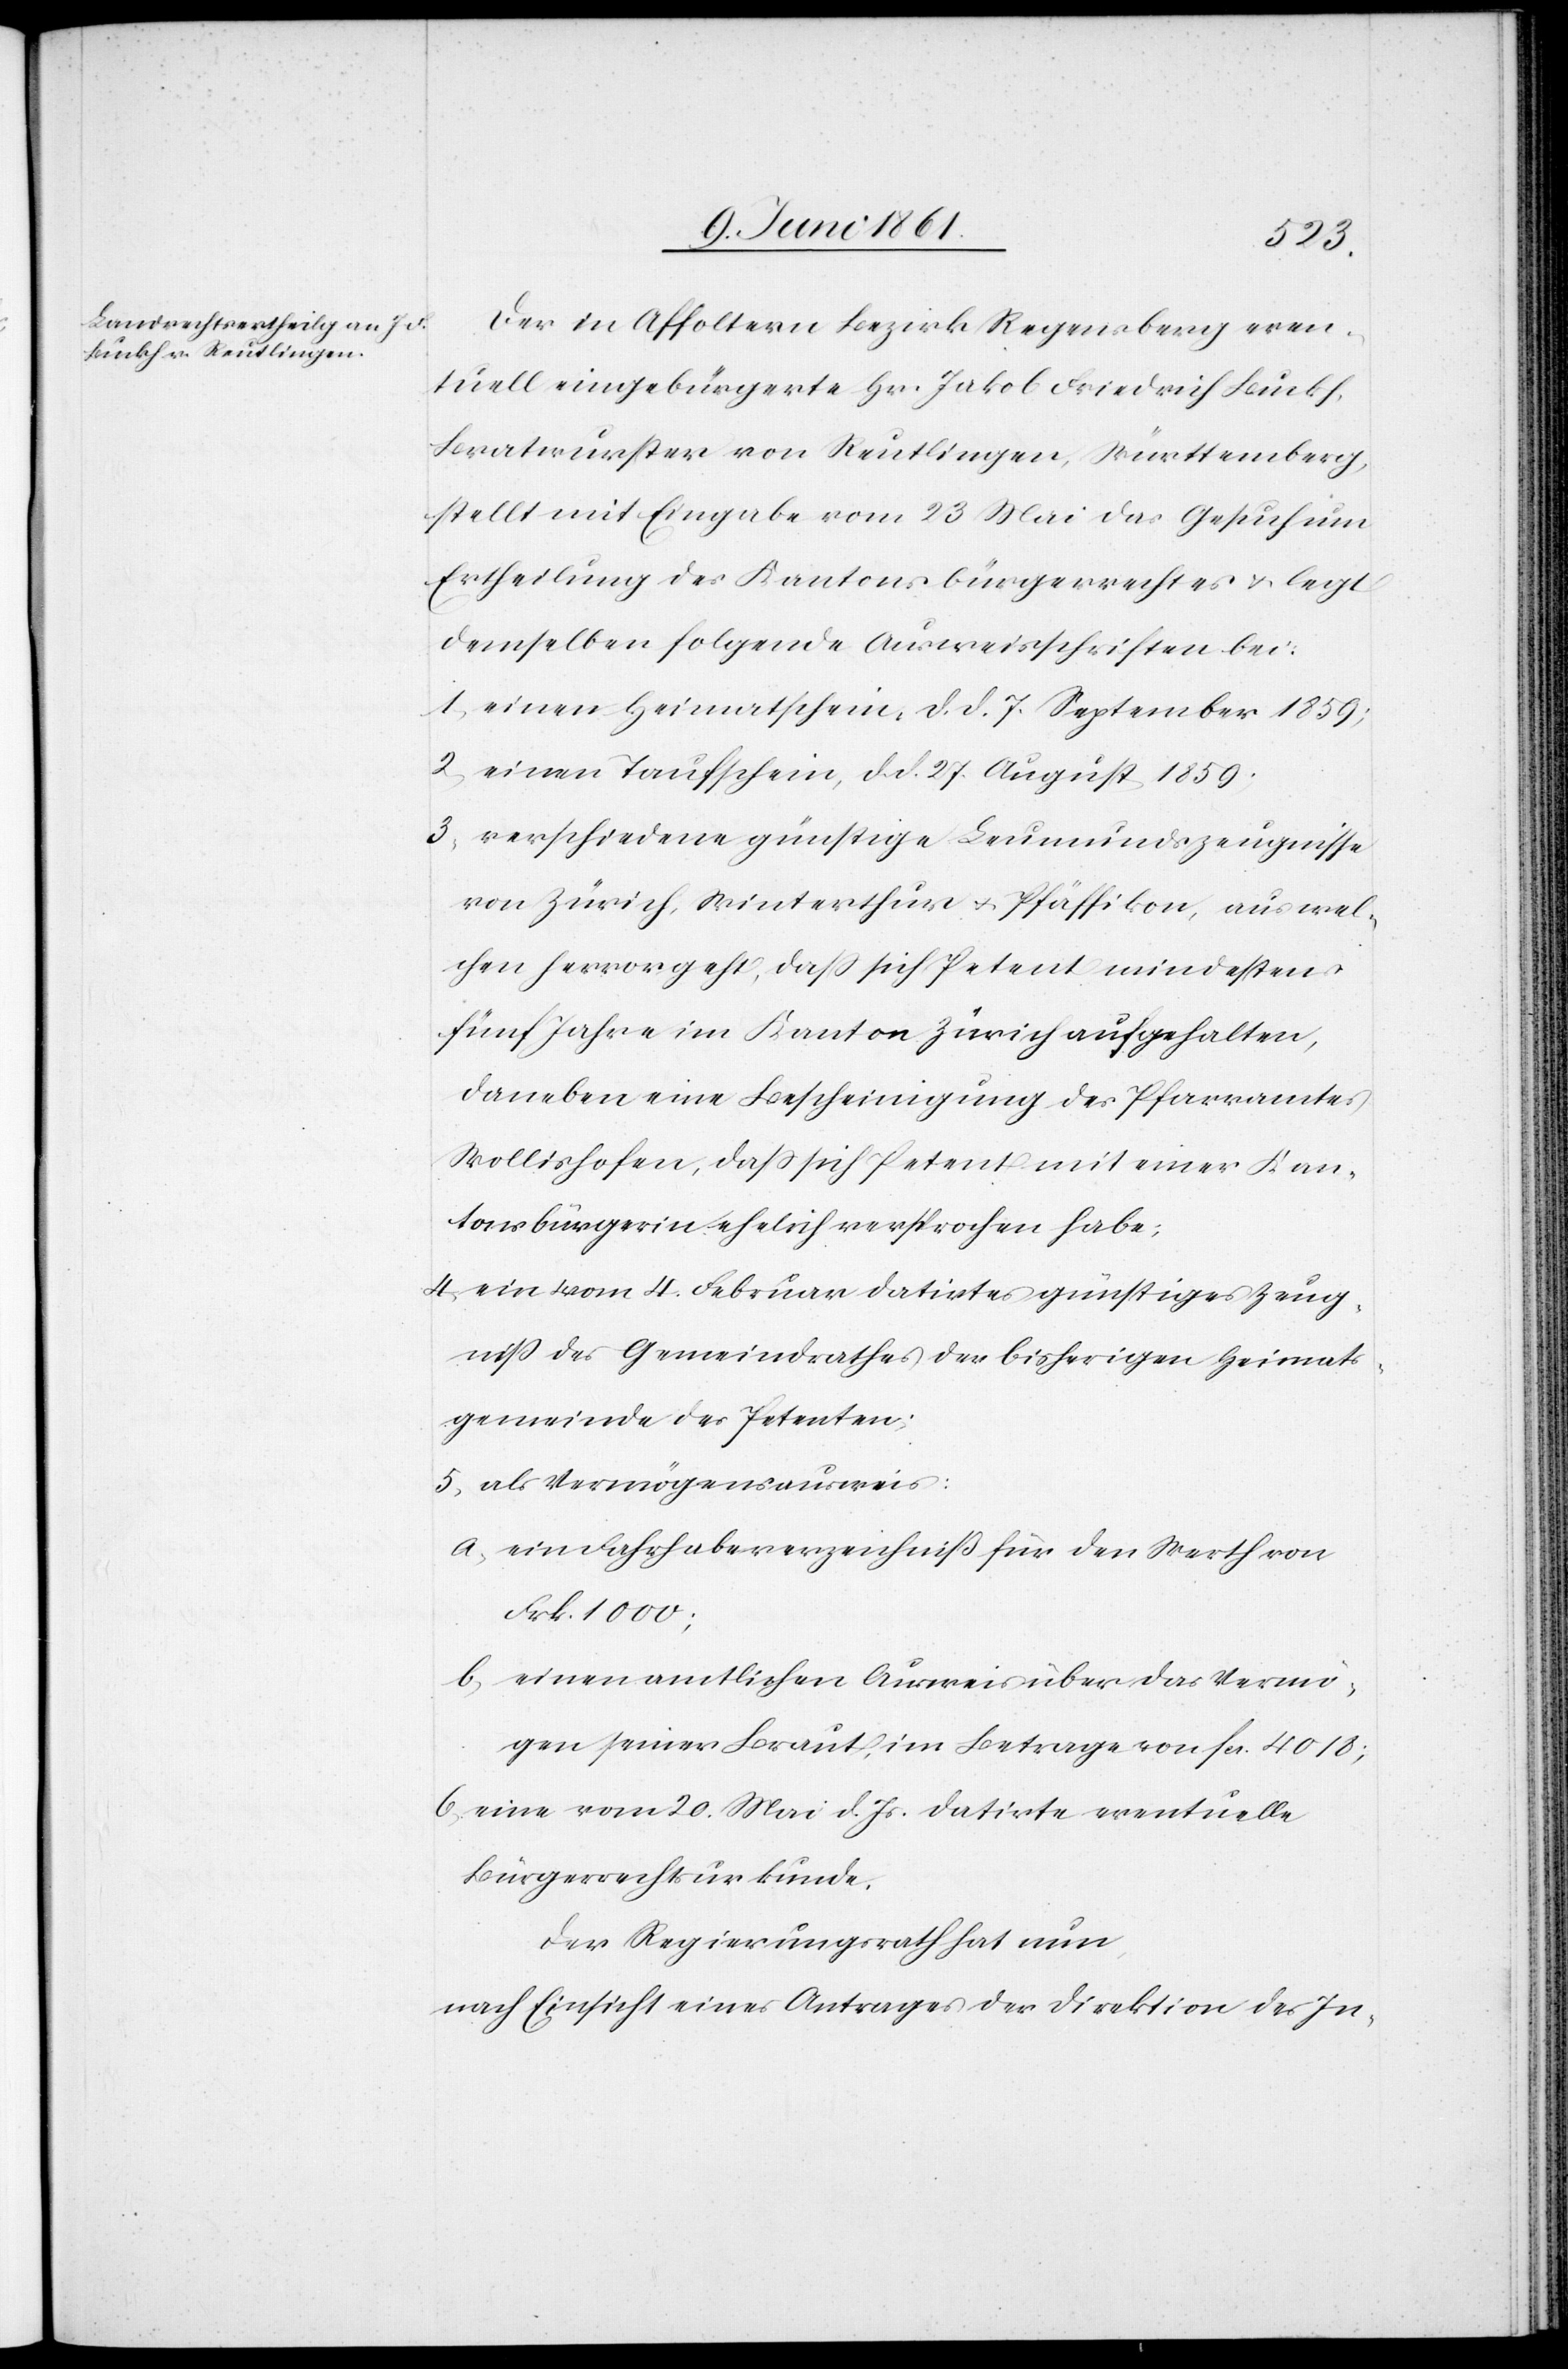
Der in Affoltern Bezirk Regensberg even¬
tuell eingebürgerte Hr. Jakob Friedrich Buckh,
Bratwurster von Reutlingen, Württemberg,
stellt mit Eingabe vom 23. Mai das Gesuch um
Ertheilung des Kantonsbürgerrechtes u. legt
demselben folgende Ausweisschriften bei:
1. einen Heimathschein, d. d. 7. September 1859;
2. einen Taufschein, d. d. 27. August 1859;
3. verschiedene günstige Leumundszeugnisse
von Zürich, Winterthur u. Pfäffikon, aus wel¬
chen hervorgeht, dass sich Petent mindestens
fünf Jahre im Kanton Zürich aufgehalten,
daneben eine Bescheinigung des Pfarramtes
Wollishofen, daß sich Petent mit einer Kan¬
tonsbürgerin ehelich versprochen habe;
4. ein vom 4. Februar datirtes günstiges Zeug¬
niss des Gemeindrathes der bisherigen Heimats¬
gemeinde des Petenten;
5. als Vermögensausweis:
a. ein Fahrhabenverzeichniß für den Werth von
Frk. 1000;
b. einen amtlichen Ausweis über das Vermö¬
gen seiner Braut, im Betrage von fcs. 4018;
b. eine vom 20. Mai d. Js. datirte eventuelle
Bürgerrechtsurkunde.
Der Regierungsrath hat nun;
nach Einsicht eines Antrages der Direktion des In-